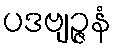
ပဒဗျဉ္ဇနံ